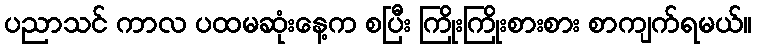
ပညာသင် ကာလ ပထမဆုံးနေ့က စပြီး ကြိုးကြိုးစားစား စာကျက်ရမယ်။